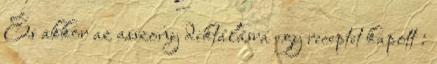
És akkor az asszony diktálásra egy receptet kapott :